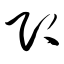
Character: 即